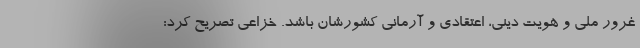
غرور ملی و هویت دینی، اعتقادی و آرمانی کشورشان باشد. خزاعی تصریح کرد: